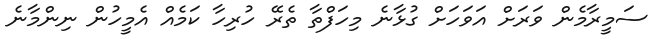
ސަމީރާމެން ވަރަށް އަވަހަށް ގުޅާނެ މިހަފްތާ ތެރޭ ހުރިހާ ކަމެއް އެމީހުން ނިންމާނެ